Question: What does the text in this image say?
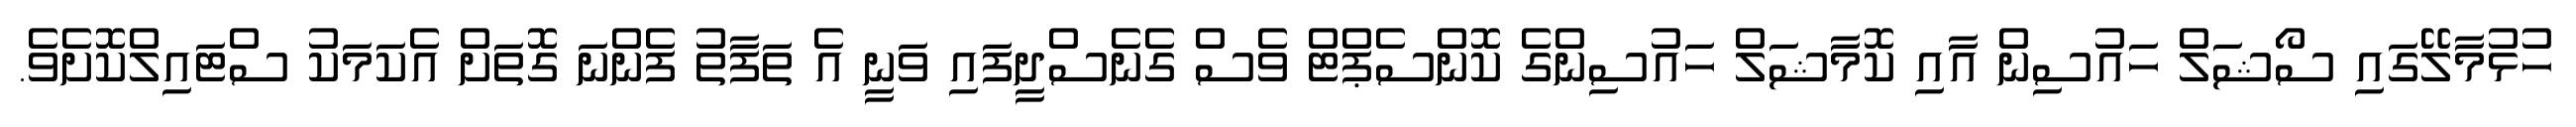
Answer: ހުޅުމާލޭގައި ސޯޝަލް ހައުސިން އާއި ކޮމާޝަލް ހައުސިންގެ ކޮންސެޕްޓް ވެސް ގެނެސްދީފައި ވަނީ އެ ތަފާތު ފެންނަ ގޮތަށް އެކަމަކު ސްޓައިލްކޮށެވެ.